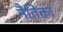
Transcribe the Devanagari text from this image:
नैतिक्ता